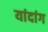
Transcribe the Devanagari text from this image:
यांदांग